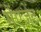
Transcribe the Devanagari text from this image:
मेंएजेंट